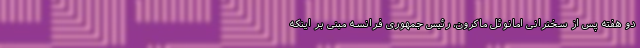
دو هفته پس از سخنرانی امانوئل ماکرون، رئیس جمهوری فرانسه مبنی بر اینکه